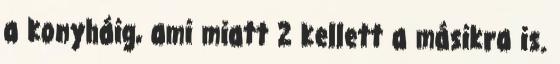
a konyháig, ami miatt 2 kellett a másikra is.